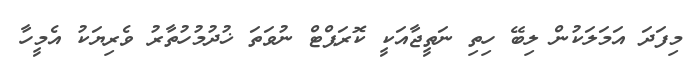
މިފަދަ އަމަލަކުން ލިބޭ ހިތި ނަތީޖާއަކީ ކޮރަޕްޓް ނުވަތަ ޚުދުމުހުތާރު ވެރިޔަކު އެމީހާ